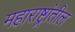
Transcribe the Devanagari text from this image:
महाराष्ट्रांतील